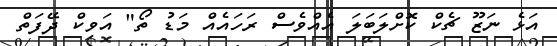
އަޅެ ނަޒޫ ޗެކް ކޮށްލަބަލަ އެއްވެސް ރަހައެއް މަޑު ތޯ" އަވިކް ދޭފަތް